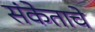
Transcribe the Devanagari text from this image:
संकेताचे